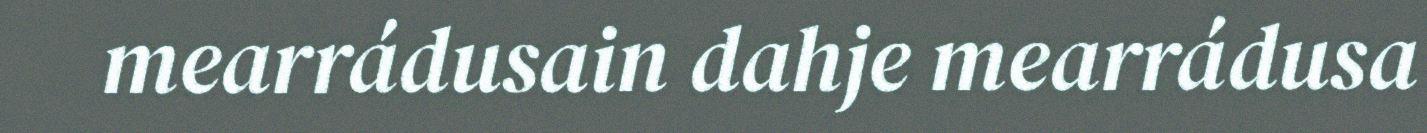
mearrádusain dahje mearrádusa